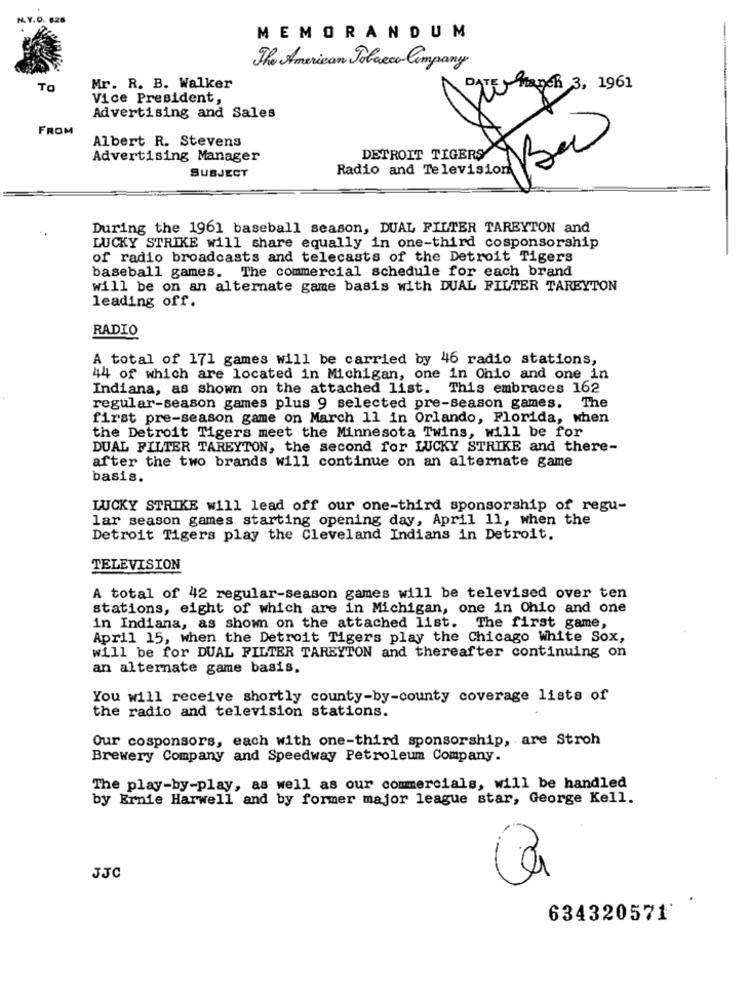
N.Y.O. 626
MEMORANDUM
The American Tobacco Company
To
Mr. R. B. Walker
DATE March 3, 1961
Vice President,
X
Advertising and Sales
FROM
Albert R. Stevens
Advertising Manager
DETROIT TIGERS
SUBJECT
During the 1961 baseball season, DUAL FILTER TAREYTON and
LUCKY STRIKE will share equally in one-third cosponsorship
of radio broadcasts and telecasts of the Detroit Tigers
baseball games. The commercial schedule for each brand
will be on an alternate game basis with DUAL FILTER TAREYTON
leading off.
RADIO
A total of 171 games will be carried by 46 radio stations,
44 of which are located in Michigan, one in Ohio and one in
Indiana, as shown on the attached list. This embraces 162
regular-season games plus 9 selected pre-season games. The
first pre-season game on March 11 in Orlando, Florida, when
the Detroit Tigers meet the Minnesota Twins, will be for
DUAL FILTER TAREYTON, the second for LUCKY STRIKE and there-
after the two brands will continue on an alternate game
basis.
LUCKY STRIKE will lead off our one-third sponsorship of regu-
lar season games starting opening day, April 11, when the
Detroit Tigers play the Cleveland Indians in Detroit.
TELEVISION
A total of 42 regular-season games will be televised over ten
stations, eight of which are in Michigan, one in Ohio and one
in Indiana, as shown on the attached list. The first game,
April 15, when the Detroit Tigers play the Chicago White Sox,
will be for DUAL FILTER TAREYTON and thereafter continuing on
an alternate game basis.
You will receive shortly county-by-county coverage lists of
the radio and television stations.
Our cosponsors, each with one-third sponsorship, are Stroh
Brewery Company and Speedway Petroleum Company.
The play-by-play, as well as our commercials, will be handled
by Ernie Harwell and by former major league star, George Kell.
JJC
634320571